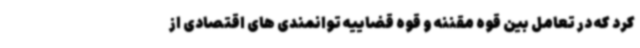
کرد که در تعامل بین قوه مقننه و قوه قضاییه توانمندی های اقتصادی از